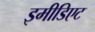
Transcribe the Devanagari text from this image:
इमीडिएट